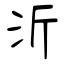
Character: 沂